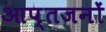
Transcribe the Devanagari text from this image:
आप्तजनों